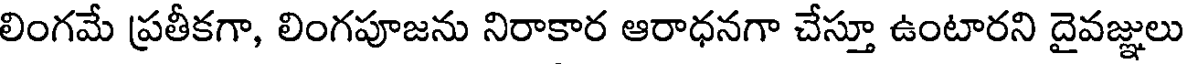
లింగమే ప్రతీకగా, లింగపూజను నిరాకార ఆరాధనగా చేస్తూ ఉంటారని దైవజ్ఞులు